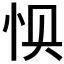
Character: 𰑌